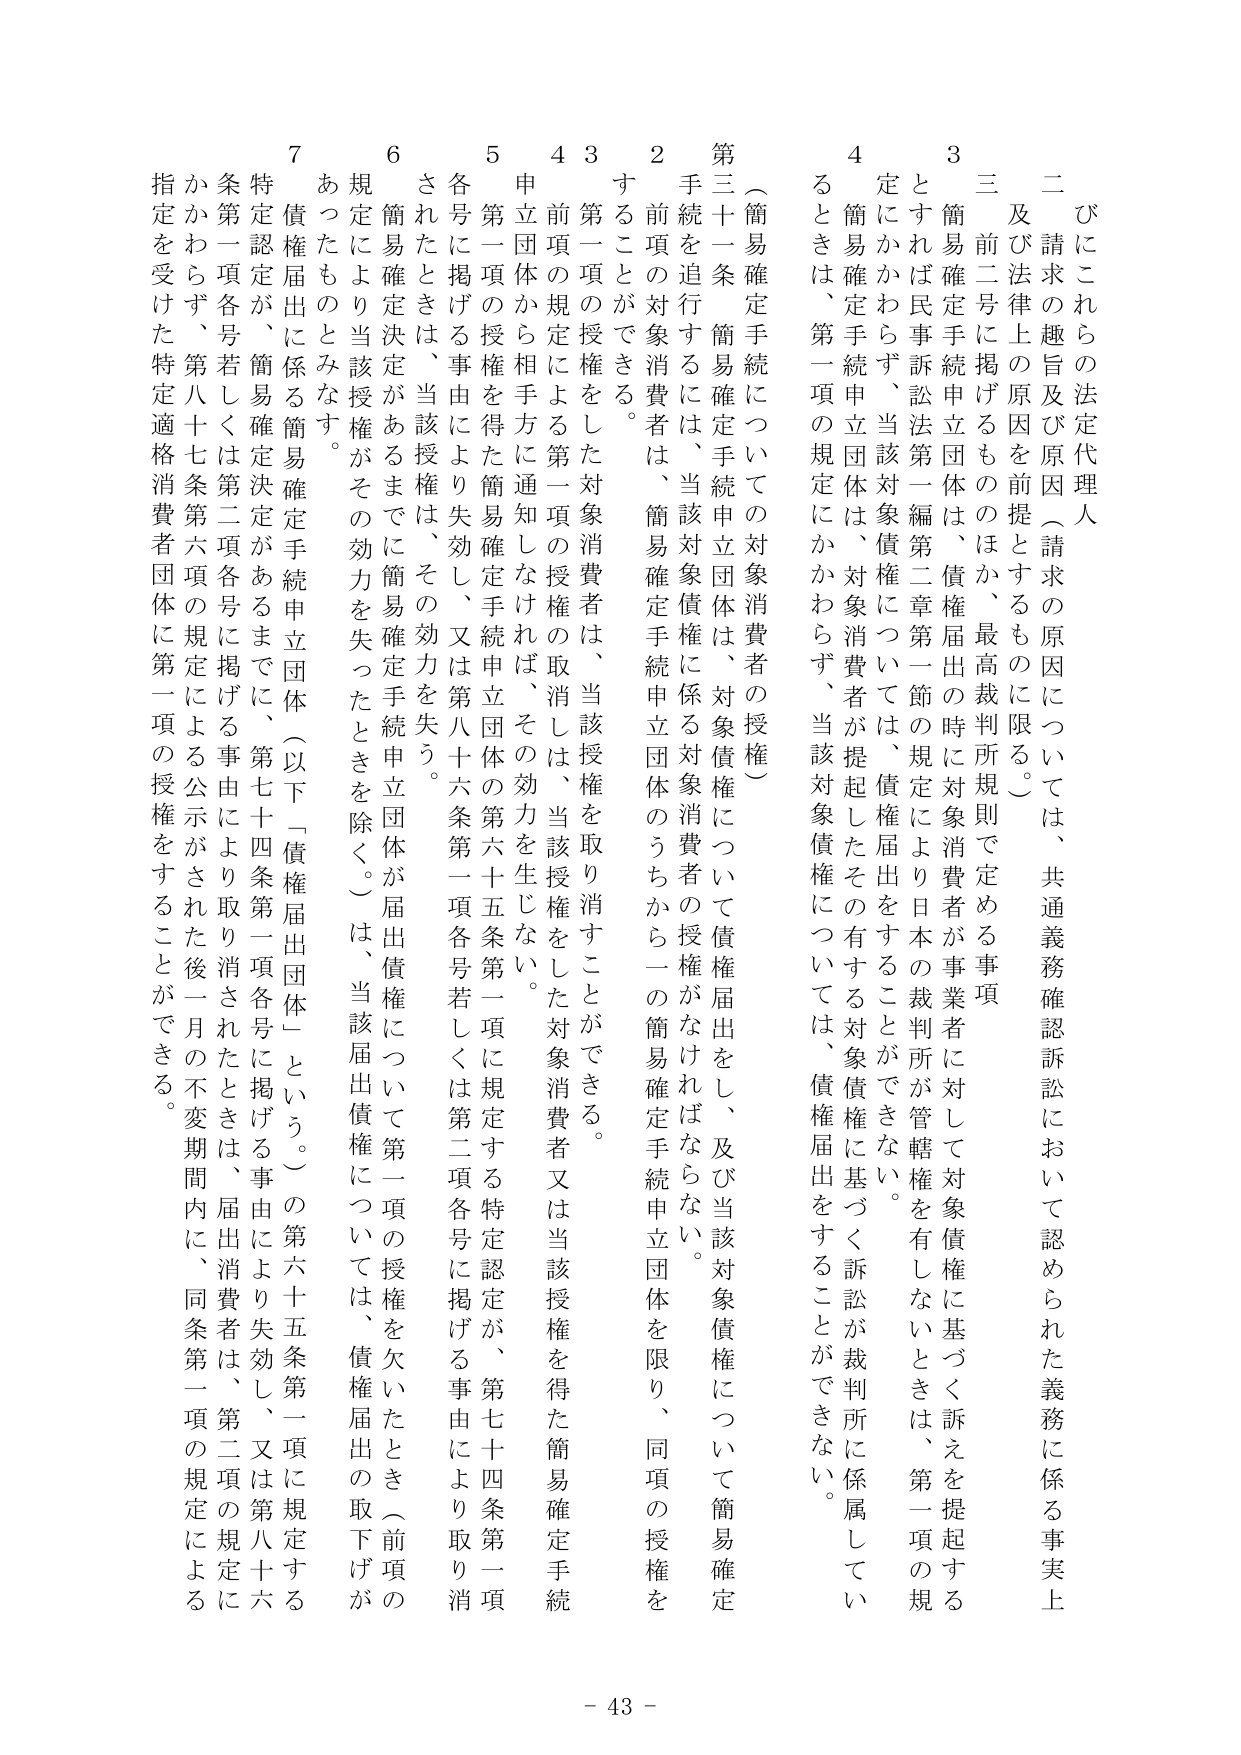
びにこれらの法定代理人
及び法律上の趣旨及び原因（請求の原因については、共通義務確認訴訟において認められた義務に係る事実上
三 前二号に掲げるもののほか、最高裁判所規則で定める事項
3 簡易確定手続申立団体は、債権届出の時に対象消費者が事業者に対して対象債権に基づく訴えを提起する
とすれば民事訴訟法第一編第二章第一節の規定により日本の裁判所が管轄権を有しないときは、第一項の規
定にかかわらず、当該対象債権については、債権届出をすることができない。
4 簡易確定手続申立団体は、対象消費者が提起したその有する対象債権に基づく訴訟が裁判所に係属してい
るときは、第一項の規定にかかわらず、当該対象債権については、債権届出をすることができない。
（簡易確定手続についての対象消費者の授権）
第三十一条 簡易確定手続申立団体は、対象債権について債権届出をし、及び当該対象債権について簡易確定
手続を追行するには、当該対象債権に係る対象消費者の授権がなければならない。
2 前項の対象消費者は、簡易確定手続申立団体のうちから一の簡易確定手続申立団体を限り、同項の授権を
することができる。
3 第一項の授権をした対象消費者は、当該授権を取り消すことができる。
4 前項の規定による第一項の授権の取消しは、当該授権をした対象消費者又は当該授権を得た簡易確定手続
申立団体から相手方に通知しなければ、その効力を生じない。
5 第一項の授権を得た簡易確定手続申立団体の第六十五条第一項に規定する特定認定が、第七十四条第一項
各号に掲げる事由により失効し、又は第八十六条第一項各号若しくは第二項各号に掲げる事由により取り消
されたときは、当該授権は、その効力を失う。
6 簡易確定決定があるまでに簡易確定手続申立団体が届出債権について第一項の授権を欠いたとき（前項の
規定により当該授権がその効力を失ったときを除く。）は、当該届出債権については、債権届出の取下げが
あったものとみなす。
7 債権届出に係る簡易確定手続申立団体（以下「債権届出団体」という。）の第六十五条第一項に規定する
特定認定が、簡易確定決定があるまでに、第七十四条第一項各号に掲げる事由により失効し、又は第八十六
条第一項各号若しくは第二項各号に掲げる事由により取り消されたときは、届出消費者は、同条第一項の規定による
かかわらず、第八十七条第六項の規定による公示がされた後一月の不変期間内に、同条第一項の規定による
指定を受けた特定適格消費者団体に第一項の授権をすることができる。
- 43 -